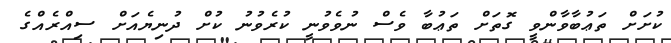
ކުށަށް ތަޢުބާވާންވީ ގޮތަށް ތަޢުބާ ވެސް ނުވެވުނީ ކުރެވުނު ކުށް ދުނިޔެއަށް ސިއްރެއްގެ